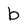
Character: b